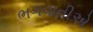
ભગવાતીએ